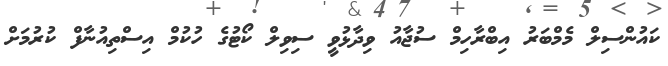
ކައުންސިލް މެމްބަރު އިބްރާހިމް ސުޖާއު ވިދާޅުވީ ސިވިލް ކޯޓުގެ ހުކުމް އިސްތިއުނާފް ކުރުމަށް